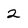
Character: 2